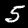
Digit: 5